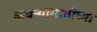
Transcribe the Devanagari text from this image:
कचऱ्यासाठीच्या